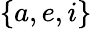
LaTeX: \{ a,e,i\}